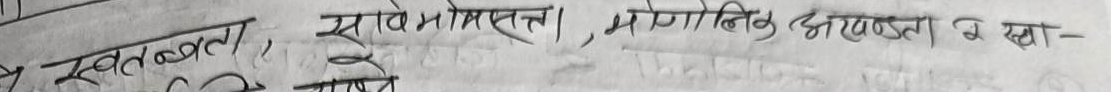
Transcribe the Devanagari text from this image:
स्वतन्त्रता, सार्वभौमसत्ता, भौगोलिक अखण्डता र खा-